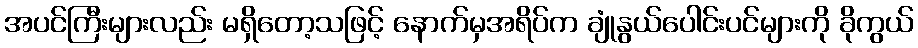
အပင်ကြီးများလည်း မရှိတော့သဖြင့် နောက်မှအရိပ်က ချုံနွယ်ပေါင်းပင်များကို ခိုကွယ်